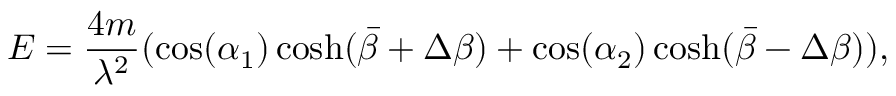
E = \frac { 4 m } { \lambda ^ { 2 } } ( \cos ( \alpha _ { 1 } ) \cosh ( \bar { \beta } + \Delta \beta ) + \cos ( \alpha _ { 2 } ) \cosh ( \bar { \beta } - \Delta \beta ) ) ,